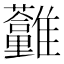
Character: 𩁮